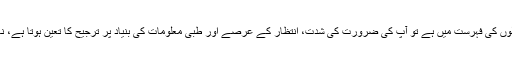
اگر آپ کا نام عطیہ حاصل کرنے والوں کی فہرست میں ہے تو آپ کی ضرورت کی شدت، انتظار کے عرصے اور طبی معلومات کی بنیاد پر ترجیح کا تعین ہوتا ہے، نا کہ دولت سے یا شہرت کی بنیاد پر۔